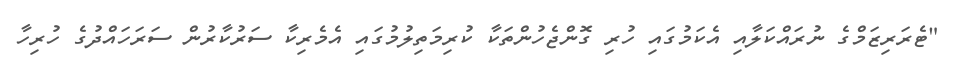
"ޓެރަރިޒަމްގެ ނުރައްކަލާއި އެކަމުގައި ހުރި ގޮންޖެހުންތަކާ ކުރިމަތިލުމުގައި އެމެރިކާ ސަރުކާރުން ސަރަހައްދުގެ ހުރިހާ